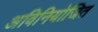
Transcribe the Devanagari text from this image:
अविनियोजित